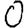
Digit: 0